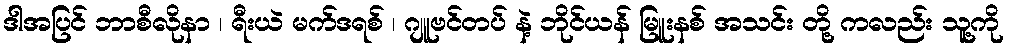
ဒါအပြင် ဘာစီလိုနာ ၊ ရီးယဲ မက်ဒရစ် ၊ ဂျူဗင်တပ် နဲ့ ဘိုင်ယန် မြူးနစ် အသင်း တို့ ကလည်း သူ့ကို